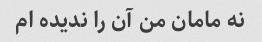
نه مامان من آن را ندیده ام